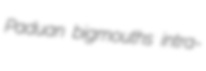
Paduan bigmouths intra-